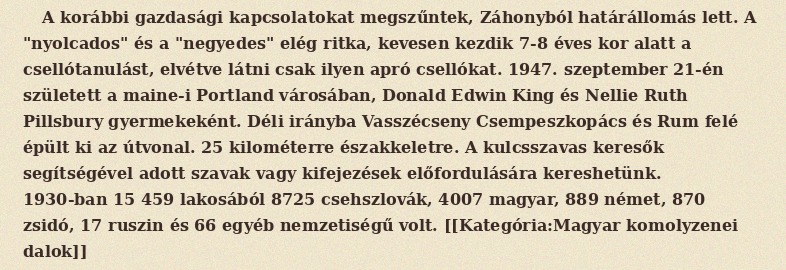
A korábbi gazdasági kapcsolatokat megszűntek, Záhonyból határállomás lett. A "nyolcados" és a "negyedes" elég ritka, kevesen kezdik 7-8 éves kor alatt a csellótanulást, elvétve látni csak ilyen apró csellókat. 1947. szeptember 21-én született a maine-i Portland városában, Donald Edwin King és Nellie Ruth Pillsbury gyermekeként. Déli irányba Vasszécseny Csempeszkopács és Rum felé épült ki az útvonal. 25 kilométerre északkeletre. A kulcsszavas keresők segítségével adott szavak vagy kifejezések előfordulására kereshetünk. 1930-ban 15 459 lakosából 8725 csehszlovák, 4007 magyar, 889 német, 870 zsidó, 17 ruszin és 66 egyéb nemzetiségű volt. [[Kategória:Magyar komolyzenei dalok]]